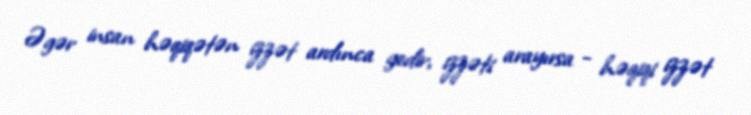
Əgər insan həqiqətən izzət ardınca gedir, izzəti arayırsa - həqiqi izzət